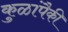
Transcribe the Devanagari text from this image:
कुळांपैकी